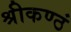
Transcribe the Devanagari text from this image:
श्रीकण्ठं